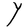
Character: Y